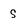
Character: S